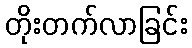
တိုးတက်လာခြင်း